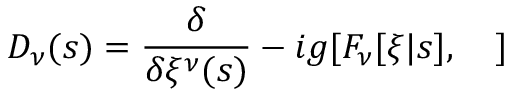
{ \cal D } _ { \nu } ( s ) = \frac { \delta } { \delta \xi ^ { \nu } ( s ) } - i g [ F _ { \nu } [ \xi | s ] , \ \ \ ]